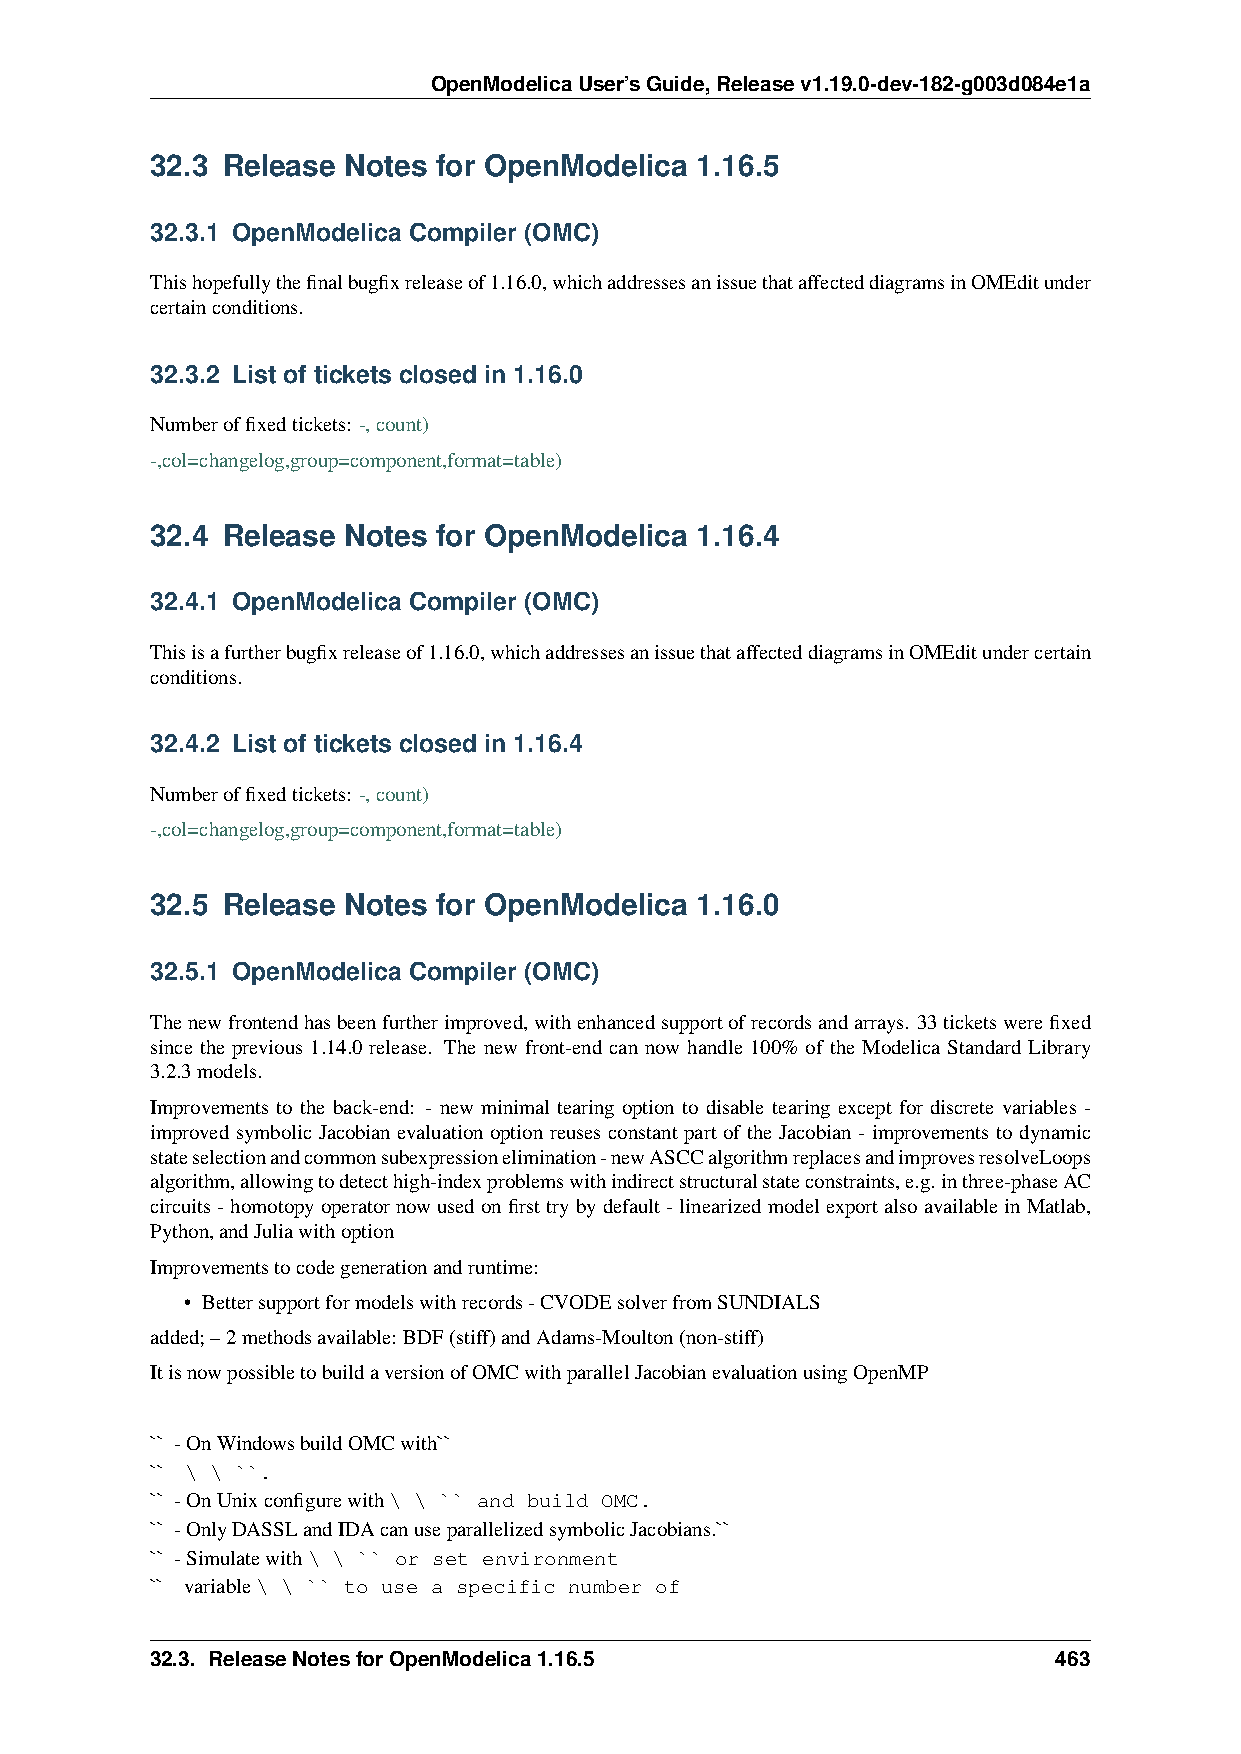
OpenModelicaUser’sGuide,Releasev1.19.0-dev-182-g003d084e1a
 32.3 Release Notes for OpenModelica 1.16.5
 32.3.1 OpenModelica Compiler (OMC)
 Thishopefullythefinalbugfixreleaseof1.16.0,whichaddressesanissuethataffecteddiagramsinOMEditunder
 certainconditions.
 32.3.2 List of tickets closed in 1.16.0
 Numberoffixedtickets: -,count)
 -,col=changelog,group=component,format=table)
 32.4 Release Notes for OpenModelica 1.16.4
 32.4.1 OpenModelica Compiler (OMC)
 Thisisafurtherbugfixreleaseof1.16.0,whichaddressesanissuethataffecteddiagramsinOMEditundercertain
 conditions.
 32.4.2 List of tickets closed in 1.16.4
 Numberoffixedtickets: -,count)
 -,col=changelog,group=component,format=table)
 32.5 Release Notes for OpenModelica 1.16.0
 32.5.1 OpenModelica Compiler (OMC)
 Thenewfrontendhasbeenfurtherimproved,withenhancedsupportofrecordsandarrays. 33ticketswerefixed
 since the previous 1.14.0 release. The new front-end can now handle 100% of the Modelica Standard Library
 3.2.3models.
 Improvements to the back-end: - new minimal tearing option to disable tearing except for discrete variables -
 improved symbolic Jacobian evaluation option reuses constant part of the Jacobian - improvements to dynamic
 stateselectionandcommonsubexpressionelimination-newASCCalgorithmreplacesandimprovesresolveLoops
 algorithm,allowingtodetecthigh-indexproblemswithindirectstructuralstateconstraints,e.g. inthree-phaseAC
 circuits-homotopyoperatornowusedonfirsttrybydefault-linearizedmodelexportalsoavailableinMatlab,
 Python,andJuliawithoption
 Improvementstocodegenerationandruntime:
 • Bettersupportformodelswithrecords-CVODEsolverfromSUNDIALS
 added;–2methodsavailable: BDF(stiff)andAdams-Moulton(non-stiff)
 ItisnowpossibletobuildaversionofOMCwithparallelJacobianevaluationusingOpenMP
 `` -OnWindowsbuildOMCwith``
 `` \ \ ``.
 `` -OnUnixconfigurewith\ \ `` and build OMC.
 `` -OnlyDASSLandIDAcanuseparallelizedsymbolicJacobians.``
 `` -Simulatewith\ \ `` or set environment
 `` variable\ \ `` to use a specific number of
 32.3. ReleaseNotesforOpenModelica1.16.5                     463